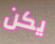
يكن